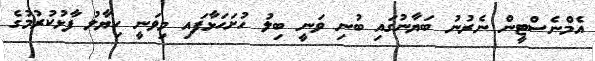
އެމްނެސްޓީން ނެރުނު ބަޔާނުގައި ބުނި ވަނީ ބިލު ހުށަހަޅާފައި މިވަނީ ހިޔާލު ފާޅުކުރުމުގެ